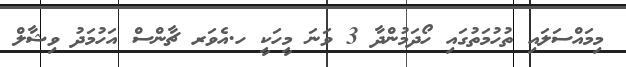
މިމައްސަލައި ތުހުމަތުގައި ހޯދަމުންދާ 3 ވަނަ މީހަކީ ހ.އެވަރ ޗާންސް އަހުމަދު ވިޝާލް